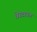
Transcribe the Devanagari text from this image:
वेस्टाऊन